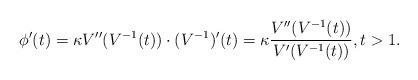
LaTeX: \begin{align*}\phi'(t) = \kappa V''(V^{-1}(t)) \cdot (V^{-1})'(t)= \kappa {V''(V^{-1}(t)) \over V'(V^{-1}(t))},t > 1.\end{align*}